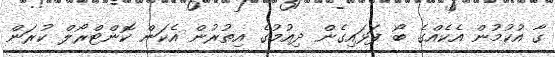
ގާ އުކުމުން އެކެއްގެ ބޯ ފަޅައިގެން ދިއުމުގެ އިތުރުން އެކަން ކޮންޓްރޯލް ކުރަން